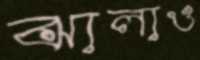
ঝালাও